Lunatic asylums Bombay report 1891-1903 - 1891-1903
Year: 1891
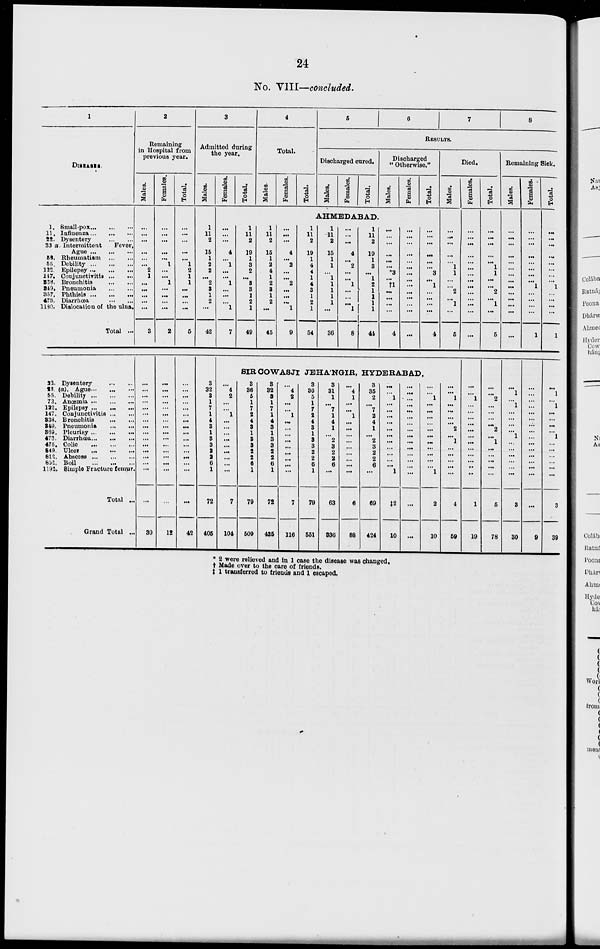
24
No. VIII—concluded.
1
DISEASES.
1. Small-pox ... ... ...
11. Influenza ... ... ...
22. Dysentery ... ...
33 a. Intermittent
Fever,
Ague ... ... ...
58. Rheumatism
...
...
55. Debility ... ... ...
122. Epilepsy ... ... ...
147. Conjunctivitis ... ...
338. Bronchitis ... ...
349. Pneumonia ... ...
357. Phthisis ... ... ...
473. Diarrhœa ... ...
1180. Dislocation of the ulna.
Total ...
22. Dysentery ... ...
23. (a). Ague ... ... ...
55. Debility
...
...
...
73. Anœmia ... ... ...
122. Epilepsy ... ... ...
147. Conjunctivitis ... ...
338. Bronchitis ... ...
349.
Pneumonia ... ...
369. Pleurisy ... ... ...
473. Diarrhœa ... ... ...
475. Colic ... ... ...
849. Ulcer ... ... ...
812. Abscess ... ... ...
852. Boil ... ... ...
1193. Simple Fracture femur.
Total ...
Grand Total ...
2
Remaining
in Hospital from
previous year.
Males.
...
...
...
...
...
...
2
1
...
...
...
...
...
3
...
...
...
...
...
...
...
...
...
...
...
...
...
...
...
30
Females.
...
...
...
...
...
1
...
...
1
...
...
...
...
2
...
...
...
...
...
...
...
...
...
...
...
...
...
...
...
...
12
Total.
...
...
...
...
...
1
2
1
1
...
...
...
...
5
...
...
...
...
...
...
...
...
...
...
...
...
...
...
...
...
42
3
Admitted during
the year.
Males.
1
11
2
15
1
2
2
...
2
3
1
2
...
42
3
32
3
1
7
1
4
3
1
3
3
2
2
6
1
72
405
Females.
Total.
4
Total.
Males.
Females.
Total.
5
6
7
8
RESULTS.
Discharged cured.
Males.
Females.
Total.
Discharged
"Otherwise."
Males.
Females.
Total.
AHMEDABAD
...
...
...
4
...
1
...
...
1
...
...
...
1
7
1
11
2
19
1
3
2
...
3
3
1
2
1
49
1
11
2
15
1
2
4
1
2
3
1
2
...
45
...
...
...
4
...
2
...
...
2
...
...
...
1
9
1
11
2
19
1
4
4
1
4
3
1
2
1
54
1
11
2
15
1
1
...
1
1
1
1
1
...
36
...
...
...
4
...
2
...
...
1
...
...
...
1
8
1
11
2
19
1
3
...
1
2
1
1
1
1
44
...
...
...
...
...
...
*3
...
†1
...
...
...
...
4
...
...
...
...
...
...
...
...
...
...
...
...
...
...
...
...
...
...
...
...
3
...
1
...
...
...
...
4
Died.
Males.
...
...
...
...
...
1
1
...
...
2
...
1
...
5
SIR COWASJI JEHA'NGIR, HYDERABAD.
...
4
2
...
...
1
...
...
...
...
...
...
...
...
...
7
104
3
36
5
1
7
2
4
3
1
3
3
2
2
6
1
79
509
3
32
3
1
7
1
4
3
1
3
3
2
2
6
1
72
435
...
4
2
...
...
1
...
...
...
...
...
...
...
...
...
7
116
3
36
5
1
7
2
4
3
1
3
3
2
2
6
1
79
551
3
31
1
...
7
1
4
1
...
2
3
2
2
6
...
63
336
...
4
1
...
...
1
...
...
...
...
...
...
...
...
...
6
88
3
35
2
...
7
2
4
1
...
2
3
2
2
6
...
69
424
...
...
1
...
...
...
...
...
...
...
...
...
...
...
1
‡2
10
...
...
...
...
...
...
...
...
...
...
...
...
...
...
...
...
...
...
...
1
...
...
...
...
...
...
...
...
...
...
...
1
2
10
...
...
1
...
...
...
...
2
...
1
...
...
...
...
...
4
59
Females.
...
...
...
...
...
...
...
...
...
...
...
...
...
...
...
...
1
...
...
...
...
...
...
...
...
...
...
...
..
1
19
Total.
...
...
...
...
...
1
1
...
...
2
...
1
...
5
...
...
2
...
...
...
...
2
...
1
...
...
...
...
...
5
78
Remaining Sick.
Males.
...
...
...
...
...
...
...
...
...
...
...
...
...
...
...
1
...
1
...
...
...
...
1
...
...
...
...
...
...
3
30
Females.
...
...
...
...
...
...
...
...
1
...
...
...
...
1
...
...
...
...
...
...
...
...
...
...
...
...
...
...
...
...
9
Total.
...
...
...
...
...
...
...
...
1
...
...
...
...
1
...
1
...
1
...
...
...
...
1
...
...
...
...
...
...
3
39
* 2 were relieved and in 1 case the disease was changed.
†Made over to the care of friends.
‡ 1 transferred to friends and 1 escaped.